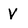
Character: V